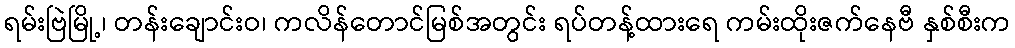
ရမ်းဗြဲမြို့၊ တန်းချောင်းဝ၊ ကလိန်တောင်မြစ်အတွင်း ရပ်တန့်ထားရေ ကမ်းထိုးဇက်နေဗီ နှစ်စီးက